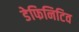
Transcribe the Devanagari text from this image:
डेफिनिटिव